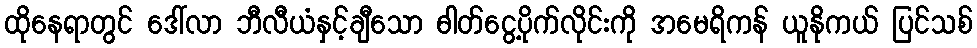
ထိုနေရာတွင် ဒေါ်လာ ဘီလီယံနှင့်ချီသော ဓါတ်ငွေ့ပိုက်လိုင်းကို အမေရိကန် ယူနိုကယ် ပြင်သစ်